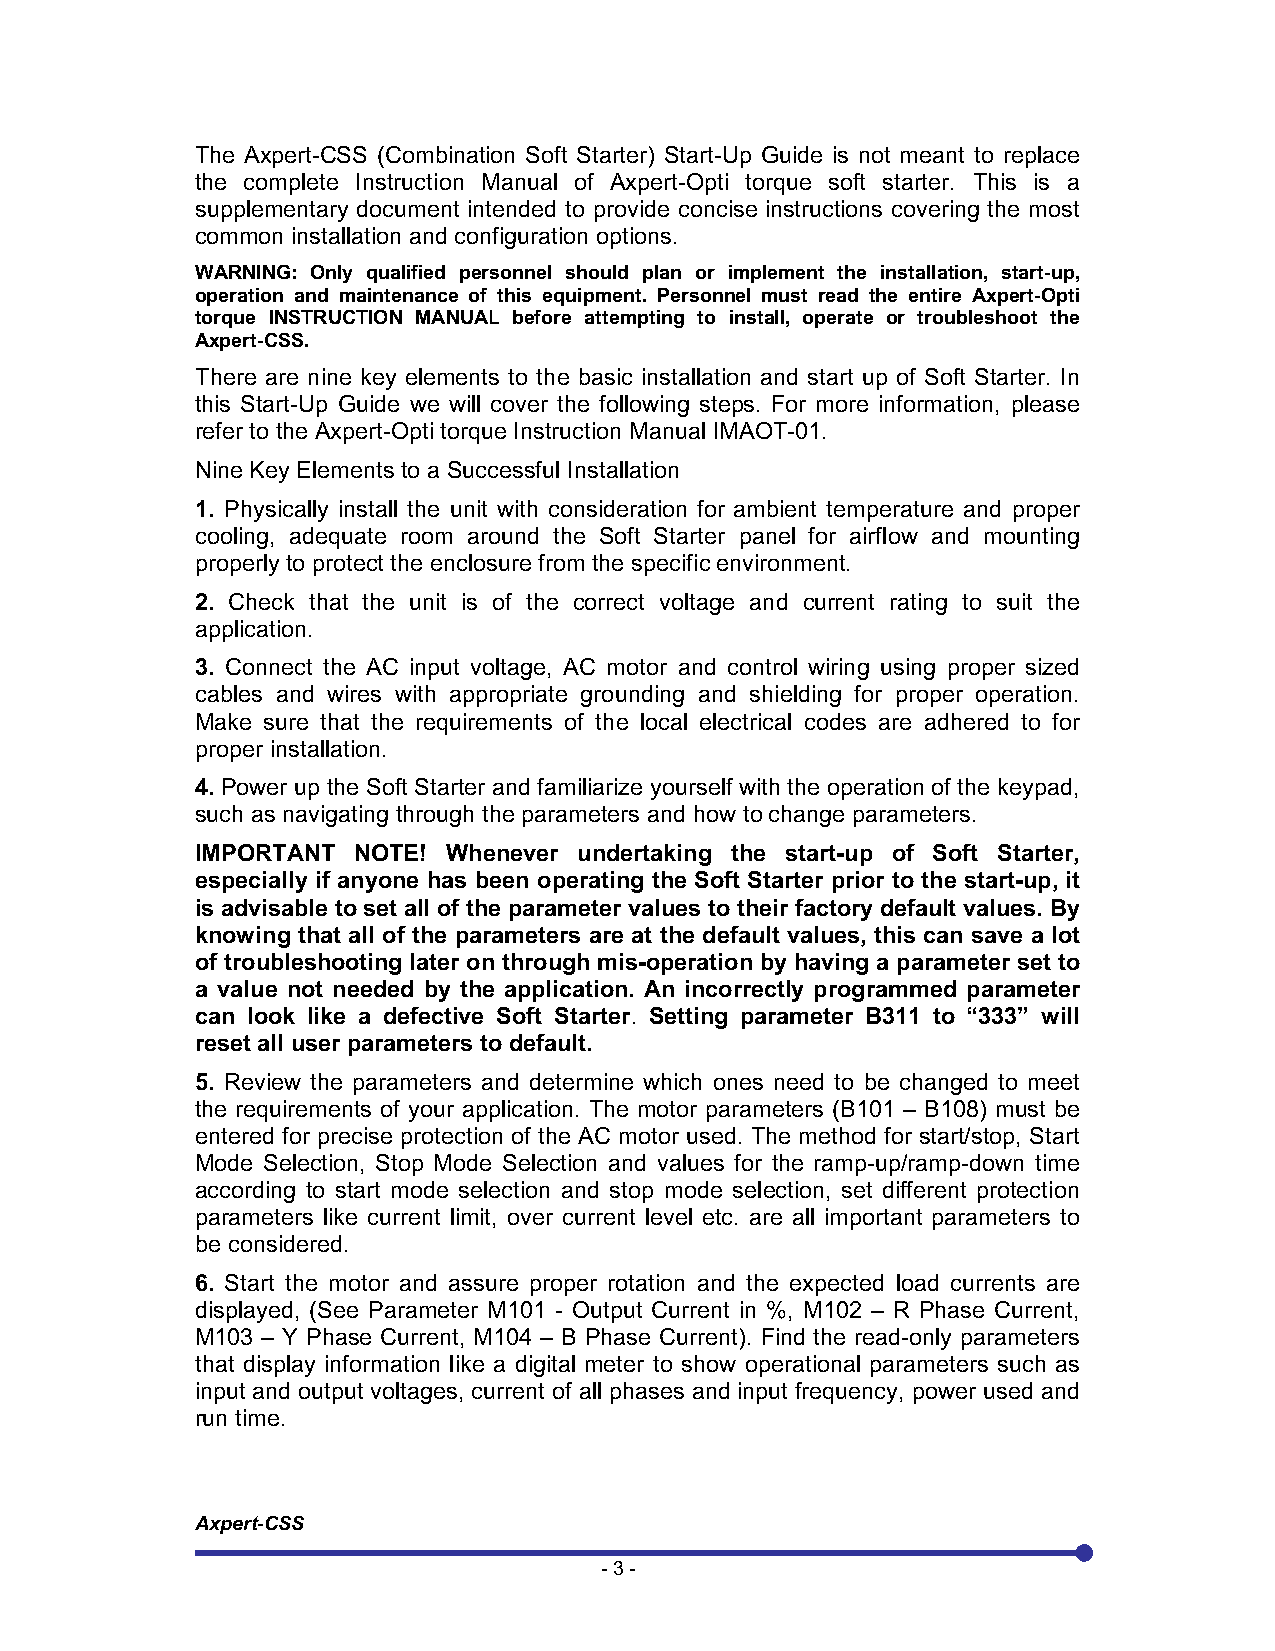
The Axpert-CSS (Combination Soft Starter) Start-Up Guide is not meant to replace
 the complete Instruction Manual of Axpert-Opti torque soft starter. This is a
 supplementary document intended to provide concise instructions covering the most
 common installation and configuration options.
 WARNING: Only qualified personnel should plan or implement the installation, start-up,
 operation and maintenance of this equipment. Personnel must read the entire Axpert-Opti
 torque INSTRUCTION MANUAL before attempting to install, operate or troubleshoot the
 Axpert-CSS.
 There are nine key elements to the basic installation and start up of Soft Starter. In
 this Start-Up Guide we will cover the following steps. For more information, please
 refer to the Axpert-Opti torque Instruction Manual IMAOT-01.
 Nine Key Elements to a Successful Installation
 1. Physically install the unit with consideration for ambient temperature and proper
 cooling, adequate room around the Soft Starter panel for airflow and mounting
 properly to protect the enclosure from the specific environment.
 2. Check that the unit is of the correct voltage and current rating to suit the
 application.
 3. Connect the AC input voltage, AC motor and control wiring using proper sized
 cables and wires with appropriate grounding and shielding for proper operation.
 Make sure that the requirements of the local electrical codes are adhered to for
 proper installation.
 4. Power up the Soft Starter and familiarize yourself with the operation of the keypad,
 such as navigating through the parameters and how to change parameters.
 IMPORTANT NOTE!  Whenever undertaking the start-up of Soft Starter,
 especially if anyone has been operating the Soft Starter prior to the start-up, it
 is advisable to set all of the parameter values to their factory default values. By
 knowing that all of the parameters are at the default values, this can save a lot
 of troubleshooting later on through mis-operation by having a parameter set to
 a value not needed by the application. An incorrectly programmed parameter
 can look like a defective Soft Starter. Setting parameter B311 to “333” will
 reset all user parameters to default.
 5. Review the parameters and determine which ones need to be changed to meet
 the requirements of your application. The motor parameters (B101 – B108) must be
 entered for precise protection of the AC motor used. The method for start/stop, Start
 Mode Selection, Stop Mode Selection and values for the ramp-up/ramp-down time
 according to start mode selection and stop mode selection, set different protection
 parameters like current limit, over current level etc. are all important parameters to
 be considered.
 6. Start the motor and assure proper rotation and the expected load currents are
 displayed, (See Parameter M101 - Output Current in %, M102 – R Phase Current,
 M103 – Y Phase Current, M104 – B Phase Current). Find the read-only parameters
 that display information like a digital meter to show operational parameters such as
 input and output voltages, current of all phases and input frequency, power used and
 run time.
 Axpert-CSS
 - 3 -